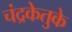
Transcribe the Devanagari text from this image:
चंद्रकेतुके